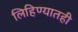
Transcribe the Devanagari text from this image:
लिहिण्यातही